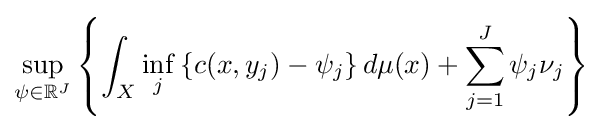
\sup _{\psi \in \mathbb {R} ^{J}}\left\{\int _{X}\inf _{j}\left\{c(x,y_{j})-\psi _{j}\right\}d\mu (x)+\sum _{j=1}^{J}\psi _{j}\nu _{j}\right\}